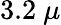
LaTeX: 3.2~\mu